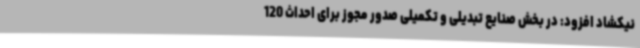
نیکشاد افزود: در بخش صنایع تبدیلی و تکمیلی صدور مجوز برای احداث 120